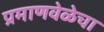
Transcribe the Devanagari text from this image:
प्रमाणवेळेचा